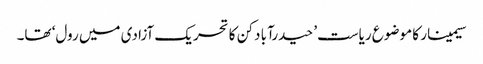
سیمینار کا موضوع ریاست’ حیدرآبا دکن کا تحریک آزادی میں رول‘ تھا۔